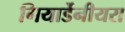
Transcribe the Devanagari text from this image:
गियार्डेनीयरा